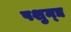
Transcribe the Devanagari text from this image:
पशुन्द्य